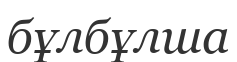
бұлбұлша